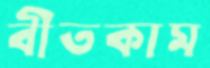
বীতকাম